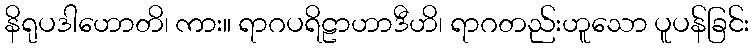
နိရုပဒါဟောတိ၊ ကား။ ရာဂပရိဠာဟာဒီဟိ၊ ရာဂတည်းဟူသော ပူပန်ခြင်း